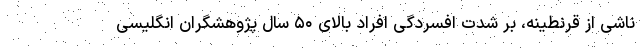
ناشی از قرنطینه، بر شدت افسردگی افراد بالای ۵۰ سال پژوهشگران انگلیسی